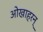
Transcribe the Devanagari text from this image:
ओखाहरन्